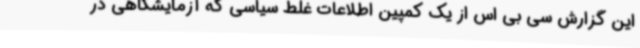
این گزارش سی بی اس از یک کمپین اطلاعات غلط سیاسی که آزمایشگاهی در